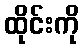
ထိုင်းကို